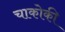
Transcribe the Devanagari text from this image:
चाकोकी